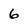
Character: 6